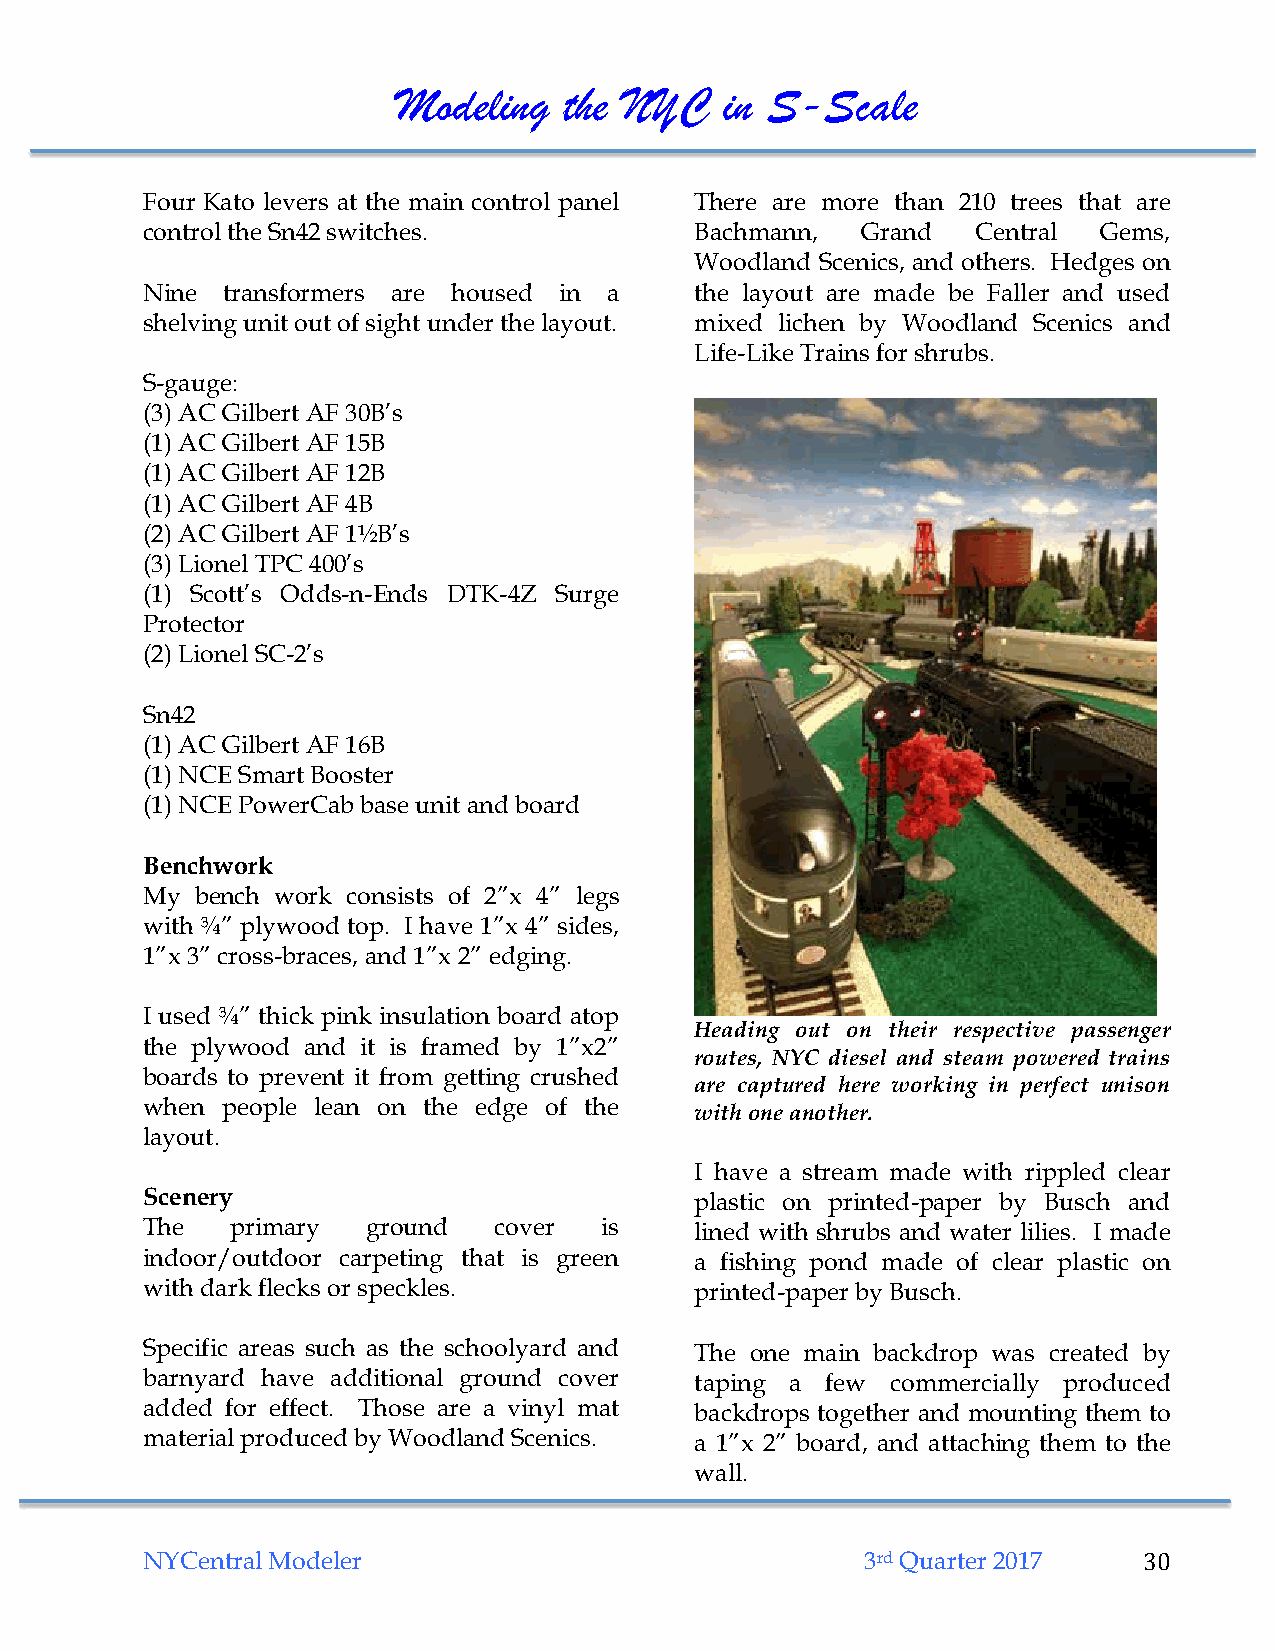
Modeling   the NYC    in S-Scale
 Four Kato levers at the main control panel There are more than 210 trees that are
 control the Sn42 switches.           Bachmann,  Grand   Central Gems,
 Woodland Scenics, and others. Hedges on
 Nine  transformers are housed in a   the layout are made be Faller and used
 shelving unit out of sight under the layout. mixed lichen by Woodland Scenics and
 Life-Like Trains for shrubs.
 S-gauge:
 (3) AC Gilbert AF 30B’s
 (1) AC Gilbert AF 15B
 (1) AC Gilbert AF 12B
 (1) AC Gilbert AF 4B
 (2) AC Gilbert AF 1½B’s
 (3) Lionel TPC 400’s
 (1) Scott’s Odds-n-Ends DTK-4Z Surge
 Protector
 (2) Lionel SC-2’s
 Sn42
 (1) AC Gilbert AF 16B
 (1) NCE Smart Booster
 (1) NCE PowerCab base unit and board
 Benchwork
 My  bench work consists of 2”x 4” legs
 with ¾” plywood top. I have 1”x 4” sides,
 1”x 3” cross-braces, and 1”x 2” edging.
 I used ¾” thick pink insulation board atop
 Heading out on their respective passenger
 the plywood and it is framed by 1”x2”
 routes, NYC diesel and steam powered trains
 boards to prevent it from getting crushed
 are captured here working in perfect unison
 when  people lean on the edge of the
 with one another.
 layout.
 I have a stream made with rippled clear
 Scenery                              plastic on printed-paper by Busch and
 The   primary  ground   cover  is    lined with shrubs and water lilies. I made
 indoor/outdoor carpeting that is green a fishing pond made of clear plastic on
 with dark flecks or speckles.        printed-paper by Busch.
 Specific areas such as the schoolyard and The one main backdrop was created by
 barnyard have additional ground cover taping a few commercially produced
 added for effect. Those are a vinyl mat backdrops together and mounting them to
 material produced by Woodland Scenics. a 1”x 2” board, and attaching them to the
 wall.
 NYCentral Modeler                               3rd Quarter 2017   30